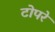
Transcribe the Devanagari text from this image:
टोपरे